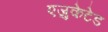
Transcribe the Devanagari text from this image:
एजुकेटेड